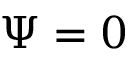
\Psi = 0